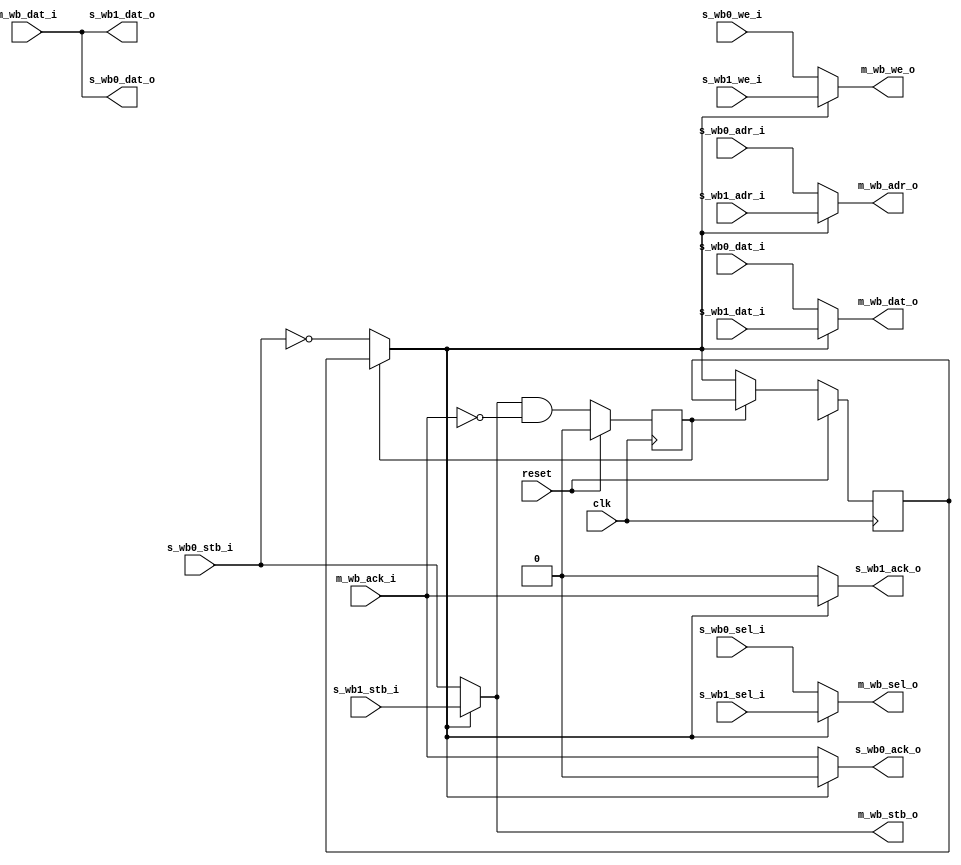
// ---------------------------------------------------------------------------
//  Jelly  -- The platform for real-time computing
//
//                                 Copyright (C) 2008-2015 by Ryuji Fuchikami
//                                 https://github.com/ryuz/jelly.git
// ---------------------------------------------------------------------------



`timescale 1ns / 1ps
`default_nettype none



// wishbone_arbiter
module jelly_wishbone_arbiter
        #(
            parameter                           WB_ADR_WIDTH = 30,
            parameter                           WB_DAT_WIDTH = 32,
            parameter                           WB_SEL_WIDTH = (WB_DAT_WIDTH / 8)
        )
        (
            // system
            input   wire                        reset,
            input   wire                        clk,
            
            // cpu side port 0
            input   wire    [WB_ADR_WIDTH-1:0]  s_wb0_adr_i,
            input   wire    [WB_DAT_WIDTH-1:0]  s_wb0_dat_i,
            output  wire    [WB_DAT_WIDTH-1:0]  s_wb0_dat_o,
            input   wire                        s_wb0_we_i,
            input   wire    [WB_SEL_WIDTH-1:0]  s_wb0_sel_i,
            input   wire                        s_wb0_stb_i,
            output  wire                        s_wb0_ack_o,
            
            // cpu side port 1
            input   wire    [WB_ADR_WIDTH-1:0]  s_wb1_adr_i,
            input   wire    [WB_DAT_WIDTH-1:0]  s_wb1_dat_i,
            output  wire    [WB_DAT_WIDTH-1:0]  s_wb1_dat_o,
            input   wire                        s_wb1_we_i,
            input   wire    [WB_SEL_WIDTH-1:0]  s_wb1_sel_i,
            input   wire                        s_wb1_stb_i,
            output  wire                        s_wb1_ack_o,
            
            // memory side port
            output  wire    [WB_ADR_WIDTH-1:0]  m_wb_adr_o,
            input   wire    [WB_DAT_WIDTH-1:0]  m_wb_dat_i,
            output  wire    [WB_DAT_WIDTH-1:0]  m_wb_dat_o,
            output  wire                        m_wb_we_o,
            output  wire    [WB_SEL_WIDTH-1:0]  m_wb_sel_o,
            output  wire                        m_wb_stb_o,
            input   wire                        m_wb_ack_i
        );
    
    
    // arbiter
    reg         reg_busy;
    reg         reg_sw;
    wire        sw;
    always @ ( posedge clk ) begin
        if ( reset ) begin
            reg_busy <= 1'b0;
            reg_sw   <= 1'bx;
        end
        else begin
            reg_busy <= m_wb_stb_o & !m_wb_ack_i;
            
            if ( !reg_busy ) begin
                reg_sw <= sw;
            end
        end
    end
    assign sw = reg_busy ? reg_sw : !s_wb0_stb_i;
    
    
    assign m_wb_adr_o = sw ? s_wb1_adr_i : s_wb0_adr_i;
    assign m_wb_dat_o = sw ? s_wb1_dat_i : s_wb0_dat_i;
    assign m_wb_we_o  = sw ? s_wb1_we_i  : s_wb0_we_i;
    assign m_wb_sel_o = sw ? s_wb1_sel_i : s_wb0_sel_i;
    assign m_wb_stb_o = sw ? s_wb1_stb_i : s_wb0_stb_i;
    
    assign s_wb0_dat_o = m_wb_dat_i;
    assign s_wb0_ack_o = !sw ? m_wb_ack_i : 1'b0;
    
    assign s_wb1_dat_o = m_wb_dat_i;
    assign s_wb1_ack_o = sw ? m_wb_ack_i : 1'b0;
    
endmodule


`default_nettype wire


// end of file